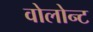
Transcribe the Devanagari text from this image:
वोलोन्ट